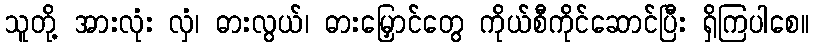
သူတို့ အားလုံး လှံ၊ ဓားလွယ်၊ ဓားမြှောင်တွေ ကိုယ်စီကိုင်ဆောင်ပြီး ရှိကြပါစေ။